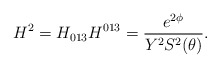
\begin{align*}H^2=H_{013}H^{013}=\frac{e^{2\phi }}{Y^2S^2(\theta )}.\end{align*}